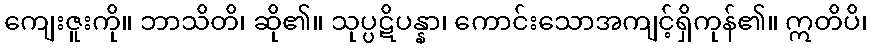
ကျေးဇူးကို။ ဘာသိတိ၊ ဆို၏။ သုပ္ပဋိပန္နာ၊ ကောင်းသောအကျင့်ရှိကုန်၏။ ဣတိပိ၊